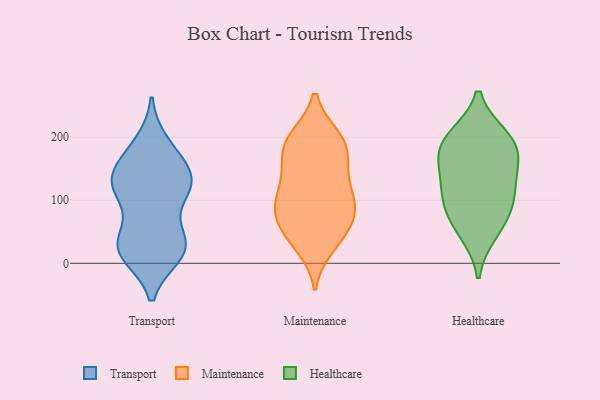
{"axis": {"x": "Waste Production (Tons)", "y": "Value"}, "legend": ["Healthcare", "Maintenance", "Transport"], "data": [{"x": "", "y": 28, "type": "Transport"}, {"x": "", "y": 114, "type": "Transport"}, {"x": "", "y": 130, "type": "Transport"}, {"x": "", "y": 20, "type": "Transport"}, {"x": "", "y": 147, "type": "Transport"}, {"x": "", "y": 121, "type": "Transport"}, {"x": "", "y": 37, "type": "Transport"}, {"x": "", "y": 122, "type": "Transport"}, {"x": "", "y": 38, "type": "Transport"}, {"x": "", "y": 27, "type": "Transport"}, {"x": "", "y": 179, "type": "Transport"}, {"x": "", "y": 125, "type": "Transport"}, {"x": "", "y": 189, "type": "Transport"}, {"x": "", "y": 116, "type": "Transport"}, {"x": "", "y": 18, "type": "Transport"}, {"x": "", "y": 15, "type": "Transport"}, {"x": "", "y": 157, "type": "Transport"}, {"x": "", "y": 43, "type": "Maintenance"}, {"x": "", "y": 66, "type": "Maintenance"}, {"x": "", "y": 194, "type": "Maintenance"}, {"x": "", "y": 95, "type": "Maintenance"}, {"x": "", "y": 101, "type": "Maintenance"}, {"x": "", "y": 92, "type": "Maintenance"}, {"x": "", "y": 132, "type": "Maintenance"}, {"x": "", "y": 196, "type": "Maintenance"}, {"x": "", "y": 197, "type": "Maintenance"}, {"x": "", "y": 27, "type": "Maintenance"}, {"x": "", "y": 123, "type": "Maintenance"}, {"x": "", "y": 80, "type": "Maintenance"}, {"x": "", "y": 153, "type": "Maintenance"}, {"x": "", "y": 63, "type": "Maintenance"}, {"x": "", "y": 166, "type": "Maintenance"}, {"x": "", "y": 91, "type": "Maintenance"}, {"x": "", "y": 169, "type": "Maintenance"}, {"x": "", "y": 200, "type": "Maintenance"}, {"x": "", "y": 35, "type": "Maintenance"}, {"x": "", "y": 102, "type": "Healthcare"}, {"x": "", "y": 100, "type": "Healthcare"}, {"x": "", "y": 182, "type": "Healthcare"}, {"x": "", "y": 123, "type": "Healthcare"}, {"x": "", "y": 169, "type": "Healthcare"}, {"x": "", "y": 199, "type": "Healthcare"}, {"x": "", "y": 68, "type": "Healthcare"}, {"x": "", "y": 200, "type": "Healthcare"}, {"x": "", "y": 49, "type": "Healthcare"}, {"x": "", "y": 153, "type": "Healthcare"}]}